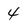
Character: 4